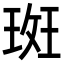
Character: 𭹞